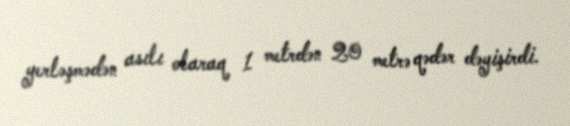
yerləşmədən asılı olaraq 1 metrdən 20 metrə qədər dəyişirdi.